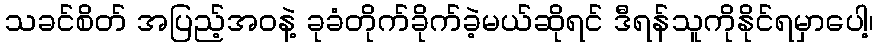
သခင်စိတ် အပြည့်အဝနဲ့ ခုခံတိုက်ခိုက်ခဲ့မယ်ဆိုရင် ဒီရန်သူကိုနိုင်ရမှာပေါ့၊